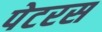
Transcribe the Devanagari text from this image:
पेटरस